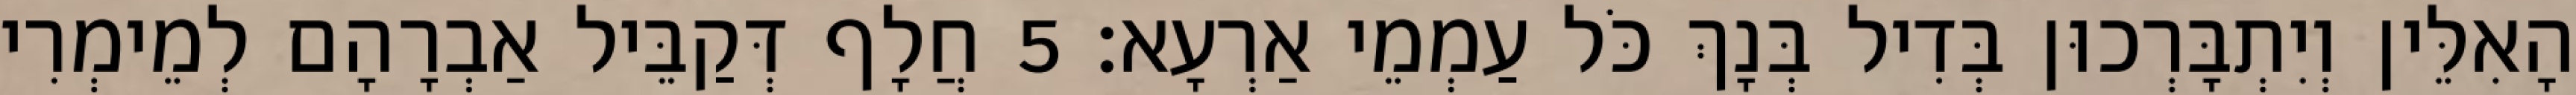
הָאִלֵּין וְיִתְבָּרְכוּן בְּדִיל בְּנָךְ כֹּל עַמְמֵי אַרְעָא׃ 5 חֲלָף דְּקַבֵּיל אַבְרָהָם לְמֵימְרִי